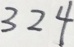
3 2 4